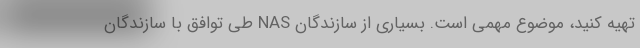
تهیه کنید، موضوع مهمی است. بسیاری از سازندگان NAS طی توافق با سازندگان